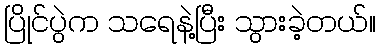
ပြိုင်ပွဲက သရေနဲ့ပြီး သွားခဲ့တယ်။